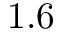
1 . 6